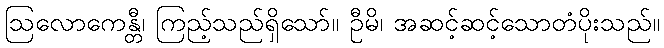
ဩလောကေန္တီ၊ ကြည့်သည်ရှိသော်။ ဦမိ၊ အဆင့်ဆင့်သောတံပိုးသည်။